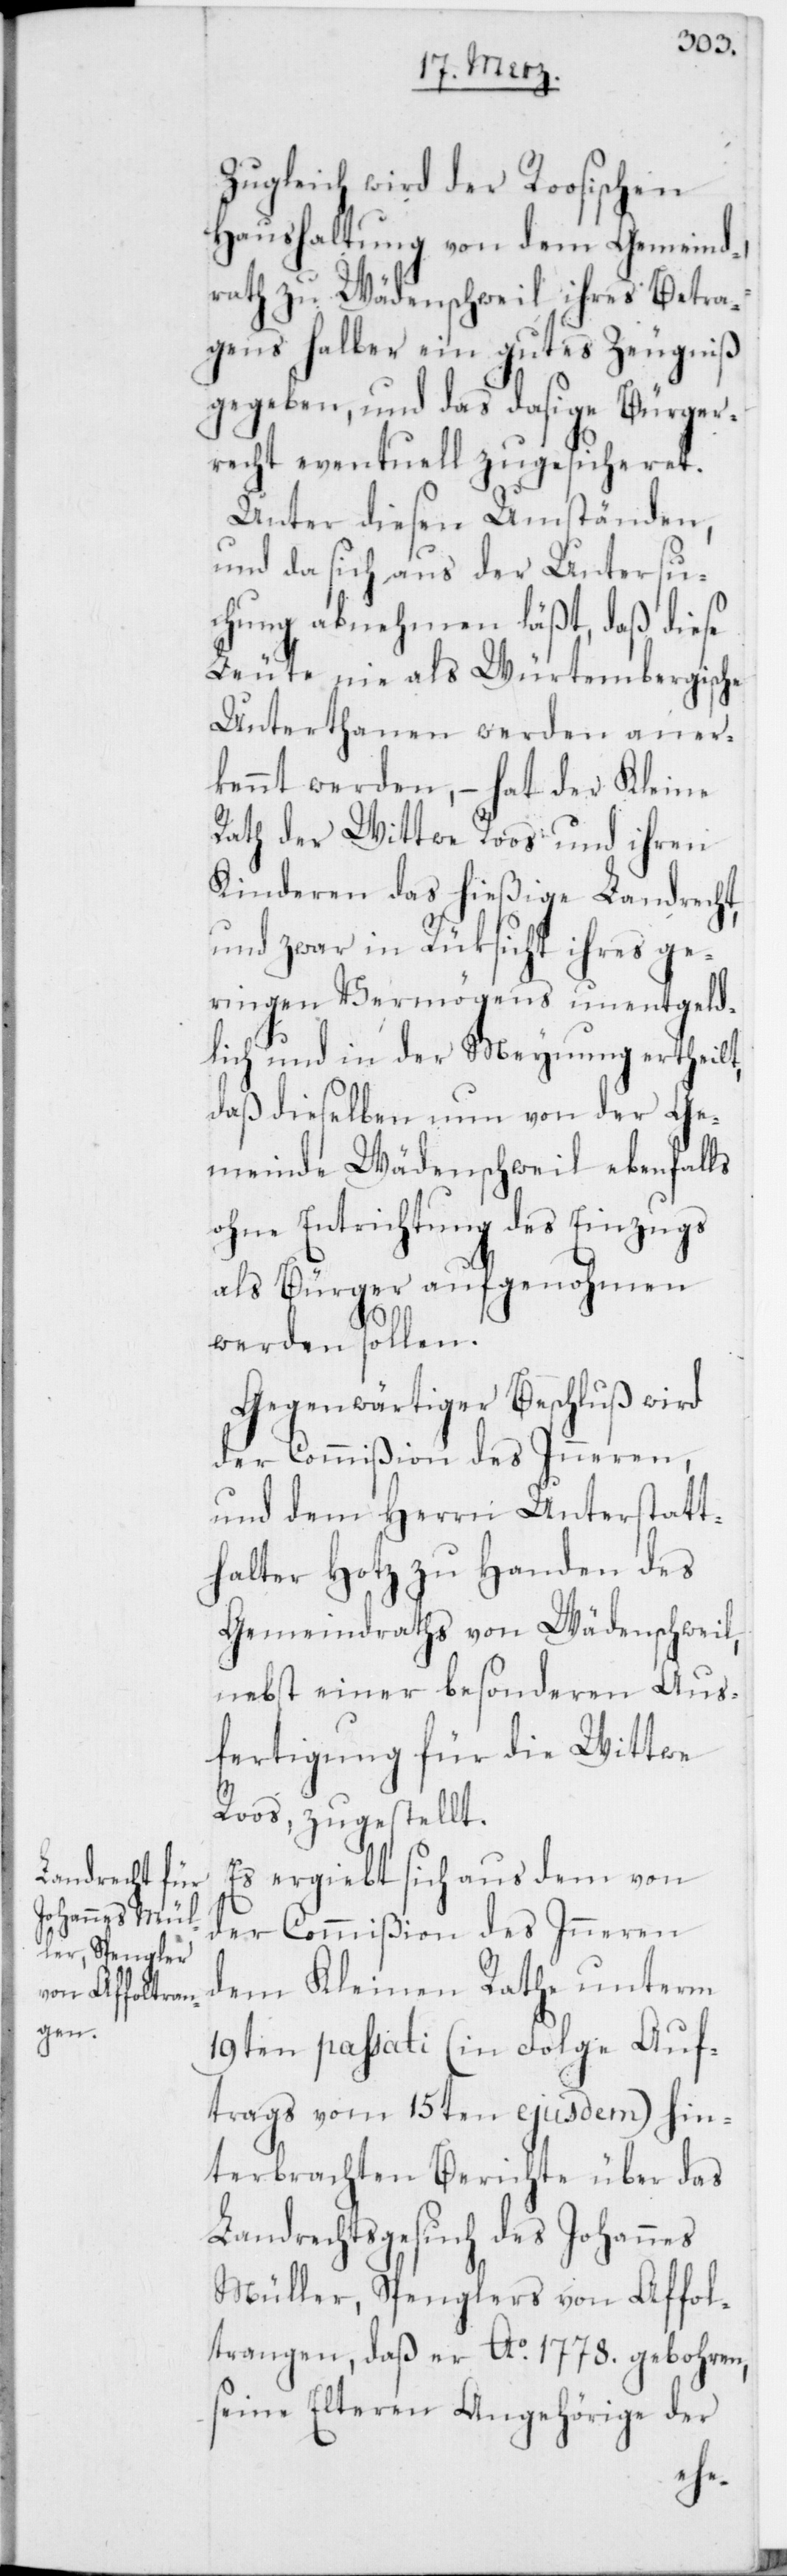
Zugleich wird der Roosischen
Haushaltung von dem Gemeind¬
rath zu Wädenschweil ihres Betra¬
gens halber ein gutes Zeugniß
gegeben, und das dasige Bürger¬
recht eventuell zugesicheret.
Unter diesen Umständen,
und da sich aus der Untersu¬
chung abnehmen läßt, daß diese
Leute nie als Würtembergische
Unterthanen werden aner¬
kannt werden, – hat der Kleine
Rath der Wittwe Roos und ihren
Kinderen das hießige Landrecht,
und zwar in Rüksicht ihres ge¬
ringen Vermögens unentgeld¬
lich und in der Meynung ertheilt,
daß dieselben nun von der Ge¬
meinde Wädenschweil ebenfalls
ohne Entrichtung des Einzugs
als Bürger aufgenohmen
werden sollen.
Gegenwärtiger Beschluß wird
der Commißion des Inneren,
und dem Herrn Unterstatt¬
halter Hotz zu Handen des
Gemeindraths von Wädenschweil,
nebst einer besonderen Aus¬
fertigung für die Wittwe
Roos, zugestellt.
Es ergiebt sich aus dem von
der Commißion des Inneren
dem Kleinen Rathe unterm
19ten passati (in Folge Auf¬
trags vom 15ten ejusdem) hin¬
terbrachten Berichte über das
Landrechtsgesuch des Johannes
Müller, Spenglers von Affol¬
trangen, daß er Ao. 1778. gebohren,
seine Elteren Angehörige der